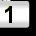
Digit: 1